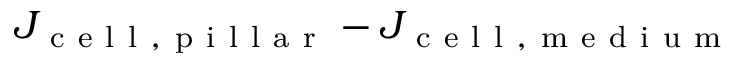
J _ { \mathrm { ~ c ~ e ~ l ~ l ~ , ~ p ~ i ~ l ~ l ~ a ~ r ~ } } - J _ { \mathrm { ~ c ~ e ~ l ~ l ~ , ~ m ~ e ~ d ~ i ~ u ~ m ~ } }